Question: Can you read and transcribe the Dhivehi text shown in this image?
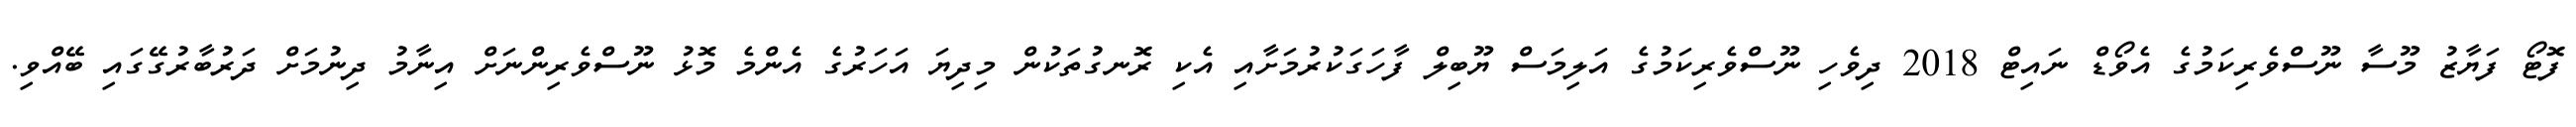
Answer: ފޮޓޯ ފަޔާޒު މޫސާ ނޫސްވެރިކަމުގެ އެވޯޑް ނައިޓް 2018 ދިވެހި ނޫސްވެރިކަމުގެ އަލިމަސް ޔޫބިލް ފާހަގަކުރުމަށާއި އެކި ރޮނގުތަކުން މިދިޔަ އަހަރުގެ އެންމެ މޮޅު ނޫސްވެރިންނަށް އިނާމު ދިނުމަށް ދަރުބާރުގޭގައި ބޭއްވި.